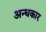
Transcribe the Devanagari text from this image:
अन्‍धकार